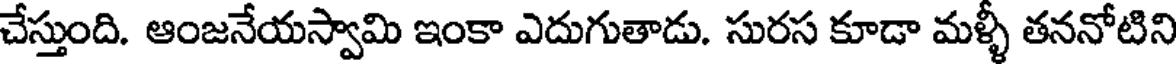
చేస్తుంది. ఆంజనేయస్వామి ఇంకా ఎదుగుతాడు. సురస కూడా మళ్ళీ తననోటిని